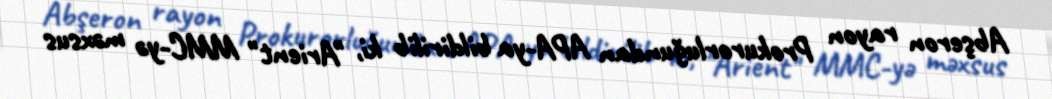
Abşeron rayon Prokurorluğundan APA-ya bildirilib ki, "Arient" MMC-yə məxsus